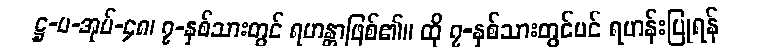
ဋ္ဌ-ပ-အုပ်-၄၈၊ ၇-နှစ်သားတွင် ရဟန္တာဖြစ်၏။ ထို ၇-နှစ်သားတွင်ပင် ရဟန်းပြုရန်